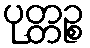
ပုတ္တဉ္စ